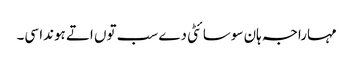
مہاراجہ ہان سوسائٹی دے سب توں اتے ہوندا سی۔